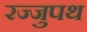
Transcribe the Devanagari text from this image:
रज्जुपथ